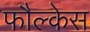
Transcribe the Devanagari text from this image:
फौल्केस